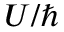
U / \hbar